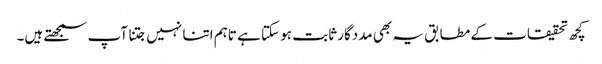
کچھ تحقیقات کے مطابق یہ بھی مددگار ثابت ہو سکتا ہے تاہم اتنا نہیں جتنا آپ سمجھتے ہیں۔